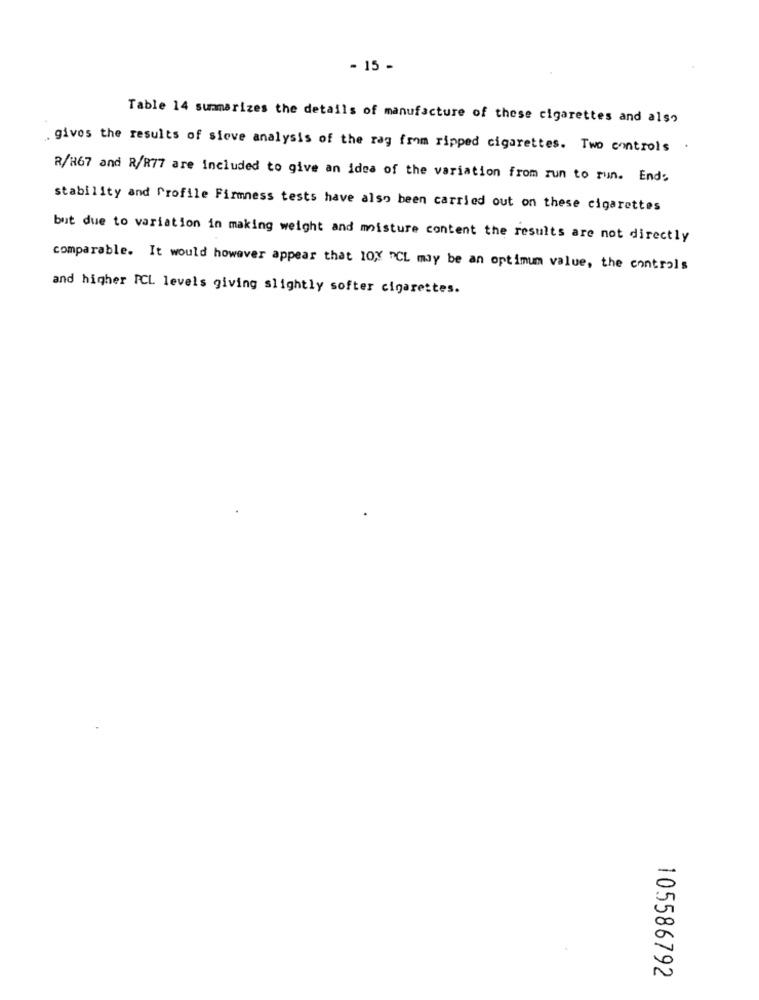
- 15 -
Table 14 summarizes the details of manufacture of these cigarettes and also
gives the results of sieve analysis of the rag from ripped cigarettes. Two controls
.
R/R67 and R/R77 are included to give an idea of the variation from run to run. End:
stability and Profile Firmness tests have also been carried out on these cigarettes
but due to variation in making weight and moisture content the results are not directly
comparable. It would however appear that 10y "CL may be an optimum value, the controls
and higher ICL levels giving slightly softer cigarettes.
105586792